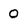
Character: 0